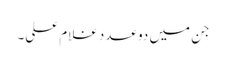
جن میں دو عدد غلام علی۔